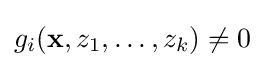
g_{i}(\mathbf {x} ,z_{1},\ldots ,z_{k})\neq 0